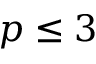
p \leq 3